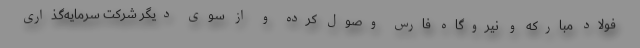
فولاد مبارکه و نیروگاه فارس وصول کرده و از سوی دیگر شرکت سرمایه‌گذاری